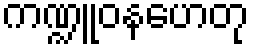
ကဏ္ဍူဝနဟေတု